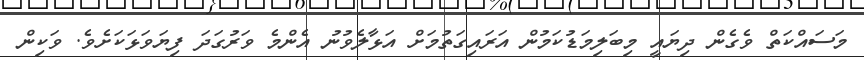
މަސައްކަތް ވެގެން ދިޔައީ މިބަލިމަޑުކަމުން އަރައިގަތުމަށް އަޅާލެވުނު އެންމެ ވަރުގަދަ ފިޔަވަޅަކަށެވެ. ވަކިން